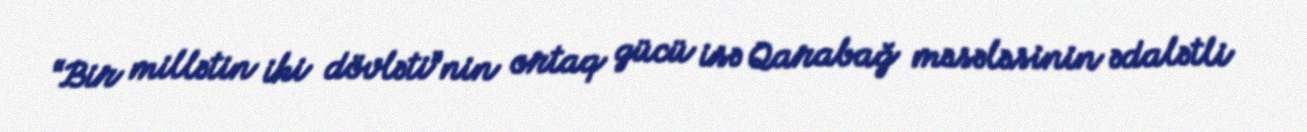
“Bir millətin iki dövləti”nin ortaq gücü isə Qarabağ məsələsinin ədalətli